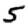
Digit: 5